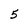
Character: 5